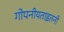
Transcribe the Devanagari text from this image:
गोपनीयताइतनी